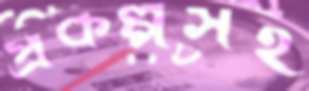
প্রকল্পসহ